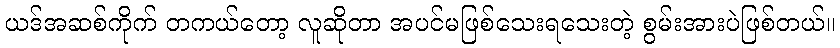
ယဒ်အဆစ်ကိုက် တကယ်တော့ လူဆိုတာ အပင်မဖြစ်သေးရသေးတဲ့ စွမ်းအားပဲဖြစ်တယ်။